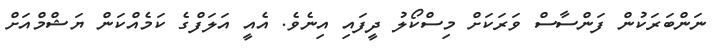
ނަންބަރަކުން ފަންސާސް ވަރަކަށް މިސްކޯލު ދީފައި އިނެވެ. އެއީ އަލަފްގެ ކަމެއްކަން ޔަޝްމްއަށް